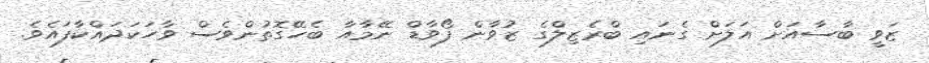
ޒަވީ ބާސާއަށް އަލަށް ގެނައި ބްރެޒިލްގެ ޒުވާން ފޯވާޑް ނޭމާއާ ބެހޭގޮތުންވެސް ވާހަކަދައްކާފައެވެ.